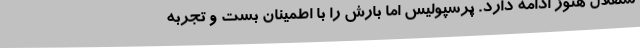
ستقلال هنوز ادامه دارد. پرسپولیس اما بارش را با اطمینان بست و تجربه